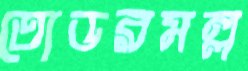
তোডরমল্ল